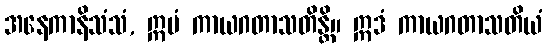
အနေကာနိသံသံ, ဣမံ ကာယဂတာသတိန္တိ။ ဣဒံ ကာယဂတာသတိယံ